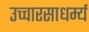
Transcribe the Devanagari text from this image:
उच्चारसाधर्म्य